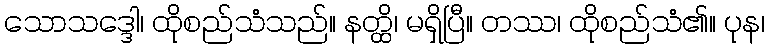
သောသဒ္ဒေါ၊ ထိုစည်သံသည်။ နတ္ထိ၊ မရှိပြီ။ တဿ၊ ထိုစည်သံ၏။ ပုန၊